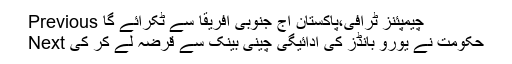
Previous چیمپئنز ٹرافی،پاکستان آج جنوبی افریقا سے ٹکرائے گا
Next حکومت نے یورو بانڈز کی ادائیگی چینی بینک سے قرضہ لے کر کی